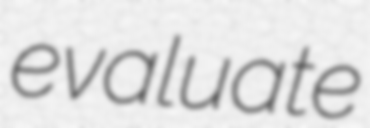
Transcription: evaluate